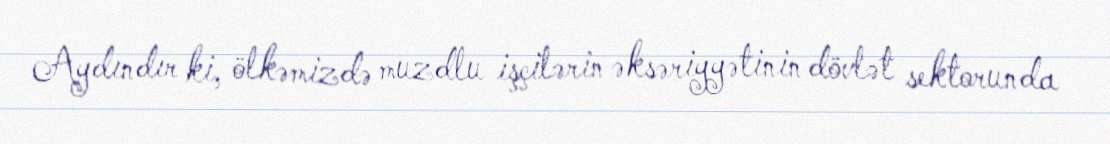
Aydındır ki, ölkəmizdə muzdlu işçilərin əksəriyyətinin dövlət sektorunda